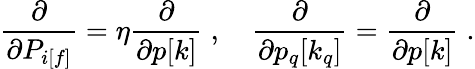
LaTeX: \frac{\partial}{\partial P_{i[f]}}=\eta\frac{\partial}{\partial p[k]}\; ,\quad\frac{\partial}{\partial p_{q}[k_{q}]}=\frac{\partial}{\partial p[k]}\; .